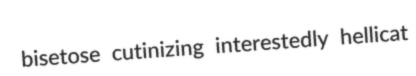
bisetose cutinizing interestedly hellicat